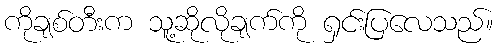
ကိုချစ်တီးက သူ့ဆိုလိုချက်ကို ရှင်းပြလေသည်။